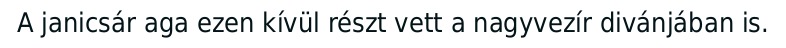
A janicsár aga ezen kívül részt vett a nagyvezír divánjában is.